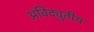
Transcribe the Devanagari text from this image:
अविद्युतीय